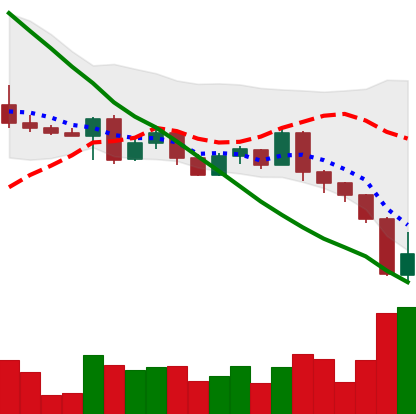
Ticker: ETH-USD
Chart end date: 2022-05-10
Forward return: -8.441%
Label: down_7plus